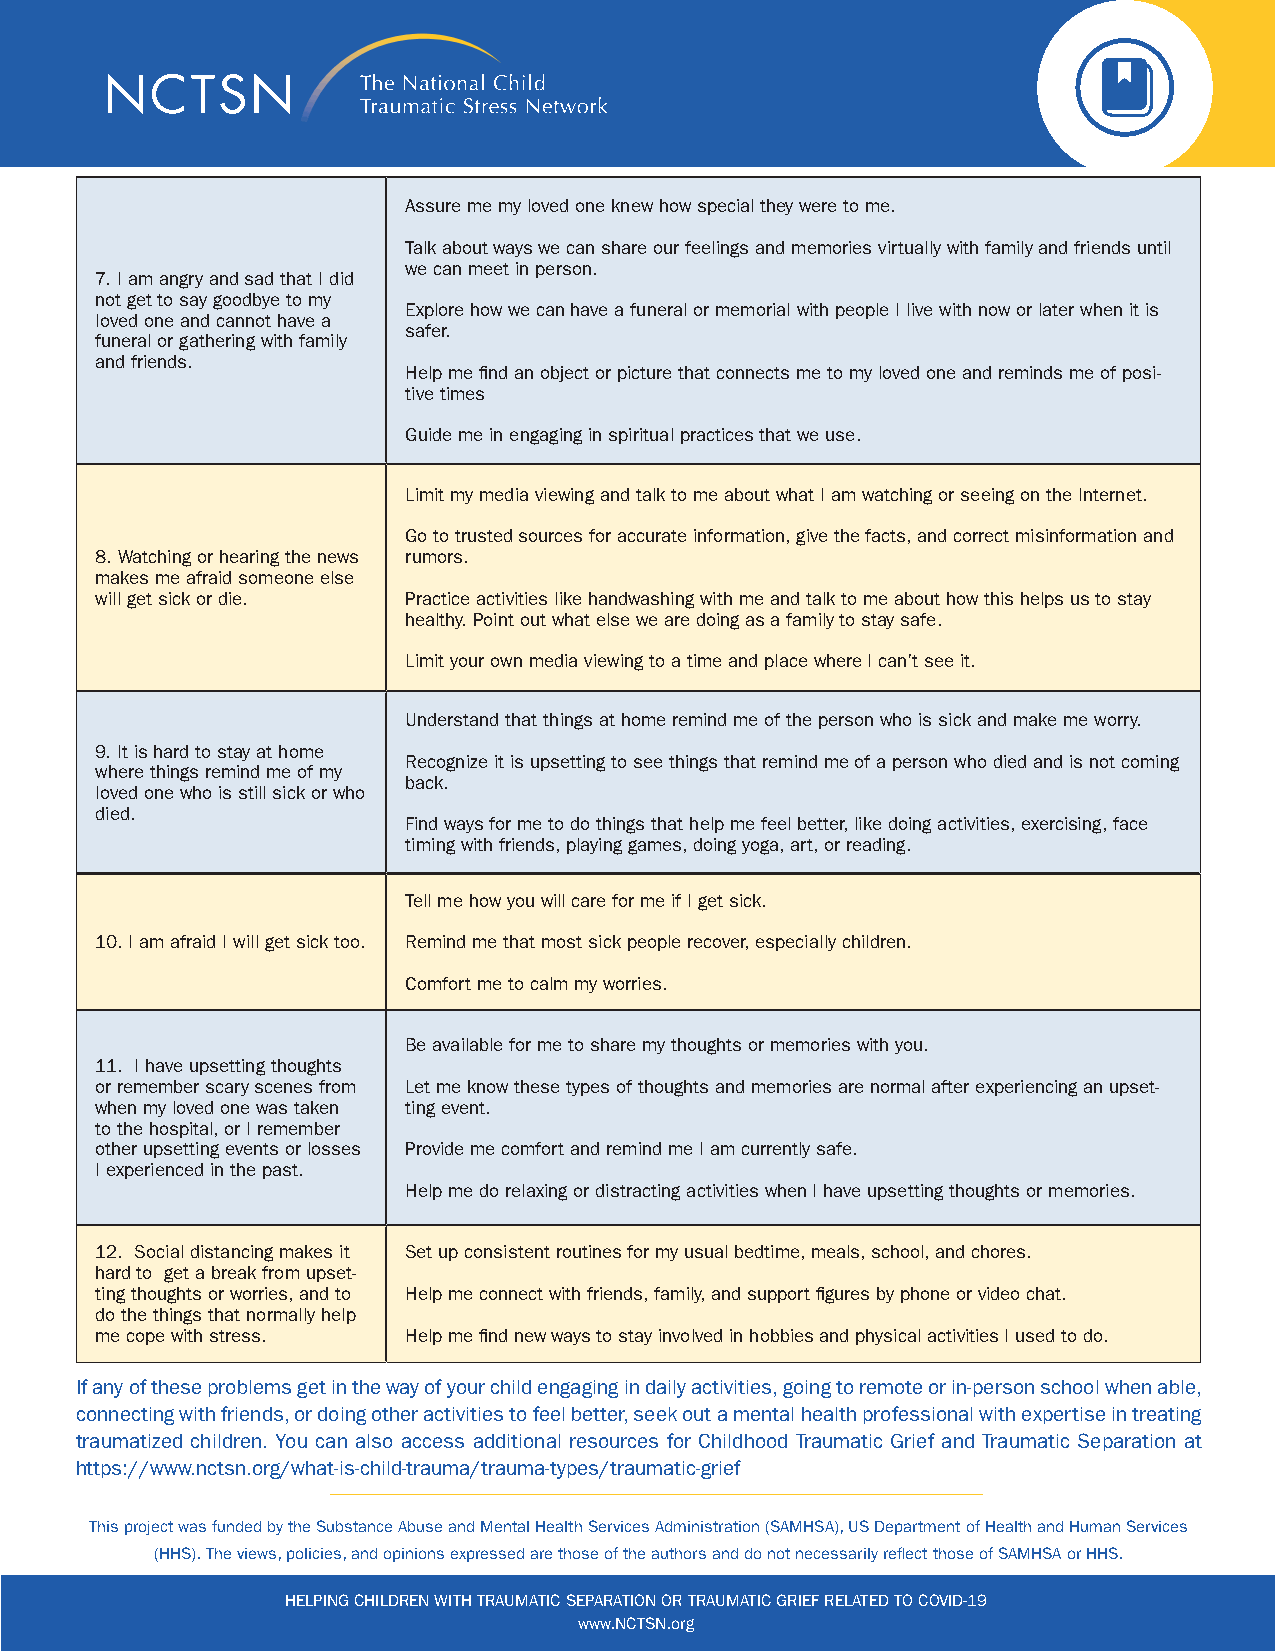
Assure me my loved one knew how special they were to me.
 Talk about ways we can share our feelings and memories virtually with family and friends until
 we can meet in person.
 7. I am angry and sad that I did
 not get to say goodbye to my
 Explore how we can have a funeral or memorial with people I live with now or later when it is
 loved one and cannot have a
 safer.
 funeral or gathering with family
 and friends.
 Help me find an object or picture that connects me to my loved one and reminds me of posi-
 tive times
 Guide me in engaging in spiritual practices that we use.
 Limit my media viewing and talk to me about what I am watching or seeing on the Internet.
 Go to trusted sources for accurate information, give the facts, and correct misinformation and
 8. Watching or hearing the news rumors.
 makes me afraid someone else
 will get sick or die. Practice activities like handwashing with me and talk to me about how this helps us to stay
 healthy. Point out what else we are doing as a family to stay safe.
 Limit your own media viewing to a time and place where I can’t see it.
 Understand that things at home remind me of the person who is sick and make me worry.
 9. It is hard to stay at home
 Recognize it is upsetting to see things that remind me of a person who died and is not coming
 where things remind me of my
 back.
 loved one who is still sick or who
 died.
 Find ways for me to do things that help me feel better, like doing activities, exercising, face
 timing with friends, playing games, doing yoga, art, or reading.
 Tell me how you will care for me if I get sick.
 10. I am afraid I will get sick too. Remind me that most sick people recover, especially children.
 Comfort me to calm my worries.
 Be available for me to share my thoughts or memories with you.
 11. I have upsetting thoughts
 or remember scary scenes from Let me know these types of thoughts and memories are normal after experiencing an upset-
 when my loved one was taken ting event.
 to the hospital, or I remember
 other upsetting events or losses Provide me comfort and remind me I am currently safe.
 I experienced in the past.
 Help me do relaxing or distracting activities when I have upsetting thoughts or memories.
 12. Social distancing makes it Set up consistent routines for my usual bedtime, meals, school, and chores.
 hard to get a break from upset-
 ting thoughts or worries, and to Help me connect with friends, family, and support figures by phone or video chat.
 do the things that normally help
 me cope with stress. Help me find new ways to stay involved in hobbies and physical activities I used to do.
 If any of these problems get in the way of your child engaging in daily activities, going to remote or in-person school when able,
 connecting with friends, or doing other activities to feel better, seek out a mental health professional with expertise in treating
 traumatized children. You can also access additional resources for Childhood Traumatic Grief and Traumatic Separation at
 https://www.nctsn.org/what-is-child-trauma/trauma-types/traumatic-grief
 This project was funded by the Substance Abuse and Mental Health Services Administration (SAMHSA), US Department of Health and Human Services
 (HHS). The views, policies, and opinions expressed are those of the authors and do not necessarily reflect those of SAMHSA or HHS.
 HELPING CHILDREN WITH TRAUMATIC SEPARATION OR TRAUMATIC GRIEF RELATED TO COVID-19
 www.NCTSN.org